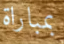
بمباراة